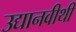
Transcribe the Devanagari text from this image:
उद्यानवीथी